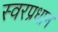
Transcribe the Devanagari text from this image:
स्वरप्रधान